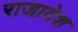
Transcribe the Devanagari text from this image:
राजादेश